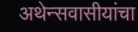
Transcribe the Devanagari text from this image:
अथेन्सवासीयांचा